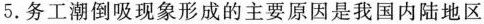
5.务工潮倒吸现象形成的主要原因是我国内陆地区